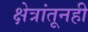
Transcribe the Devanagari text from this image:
क्षेत्रांतूनही